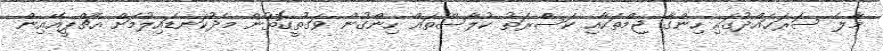
މާލެ ސަރަޙައްދުގައި ހިންގާ ޖިމްތަކާއި ކަސްރަތު ކުލާސްތައް ހިންގުން ވަގުތީގޮތުން މެދުކަނޑައިލުމަށް އެޗްޕީއޭއިން